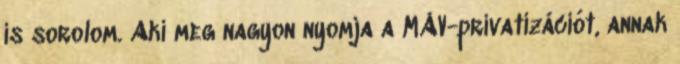
is sorolom. Aki meg nagyon nyomja a MÁV-privatizációt, annak